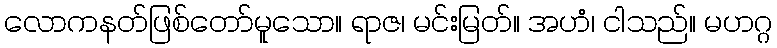
လောကနတ်ဖြစ်တော်မူသော။ ရာဇ၊ မင်းမြတ်။ အဟံ၊ ငါသည်။ မဟဂ္ဂ